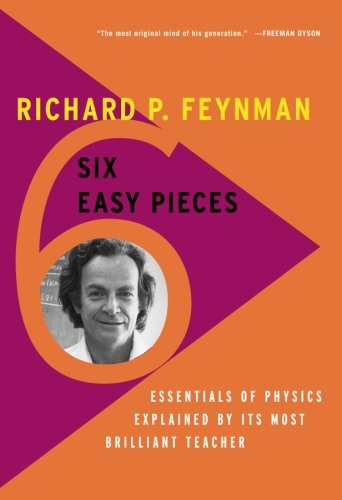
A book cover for Six Easy Pieces: Essentials of Physics Explained by Its Most Brilliant Teacher; Richard P. Feynman; Science & Math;